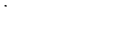
LaTeX: .